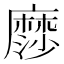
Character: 𮮋